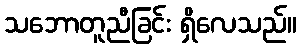
သဘောတူညီခြင်း ရှိလေသည်။